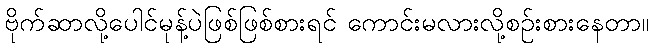
ဗိုက်ဆာလို့ပေါင်မုန့်ပဲဖြစ်ဖြစ်စားရင် ကောင်းမလားလို့စဉ်းစားနေတာ။